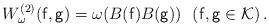
LaTeX: \begin{align*} W^{(2)}_\omega({\sf f},{\sf g}) = \omega(B({\sf f})B({\sf g})) \ \ ({\sf f},{\sf g} \in \mathcal{K})\,.\end{align*}